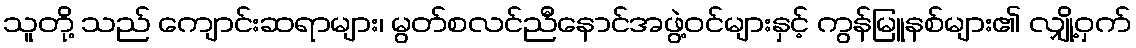
သူတို့ သည် ကျောင်းဆရာများ၊ မွတ်စလင်ညီနောင်အဖွဲ့ဝင်များနှင့် ကွန်မြူနစ်များ၏ လျှို့ဝှက်